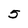
Character: 5